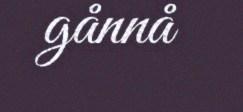
gånnå